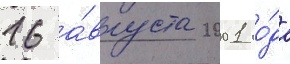
16 а́вгуста 2001 го́да